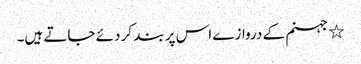
٭ جہنم کے دروازے اس پر بند کر دئے جاتے ہیں۔